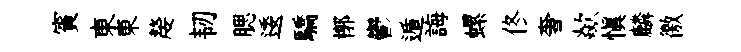
賓東東嫠韧腮逶驕槨鬱遁誨螺佟奢歘愼麟徼